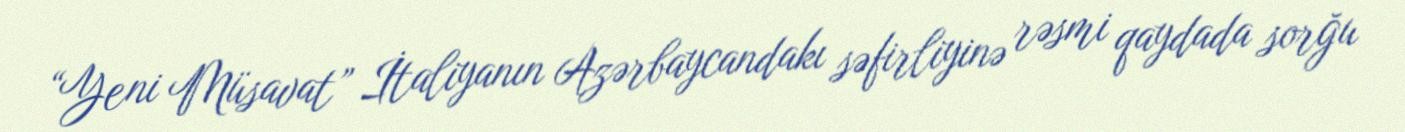
“Yeni Müsavat” İtaliyanın Azərbaycandakı səfirliyinə rəsmi qaydada sorğu